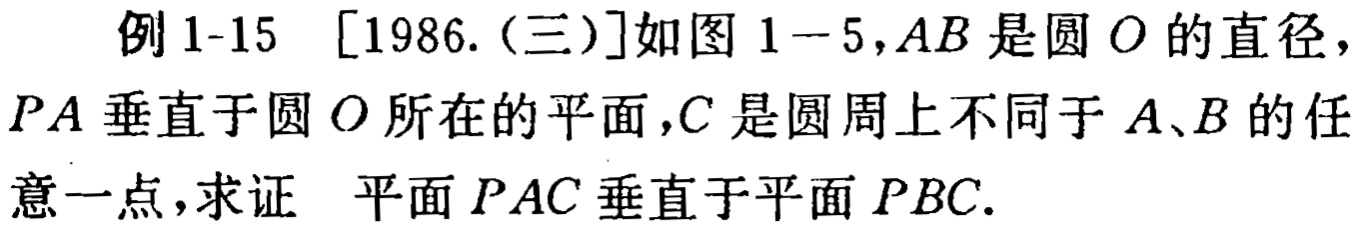
例 1-15 [1986.(三)]如图 1-5,$AB$是圆$O$的直径，$PA$垂直于圆$O$所在的平面，$C$是圆周上不同于$A、B$的任意一点，求证 平面$PAC$垂直于平面$PBC$.